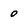
Character: 0